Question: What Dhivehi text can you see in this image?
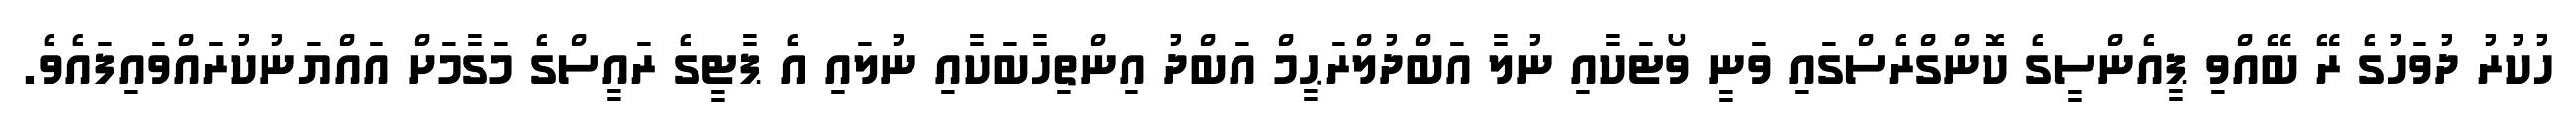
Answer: ހުކުރު ދުވަހުގެ ރޭ ބޭއްވި ޕީއެންސީގެ ކޮންގްރެސްގައި ވަނީ ވޯޓަކާއި ނުލާ އަބްދުލްރަޙީމް އަބްދު އިންތިހާބަކާއި ނުލައި އެ ޕާޓީގެ ރައީސްގެ މަގާމަށް އައްޔަނުކުރައްވައިފައެވެ.